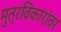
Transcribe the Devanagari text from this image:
मुत्रविकारांवर